Annual report of the Punjab Veterinary College and of the Civil Veterinary Department, Punjab - 1894-1908
Year: 1894
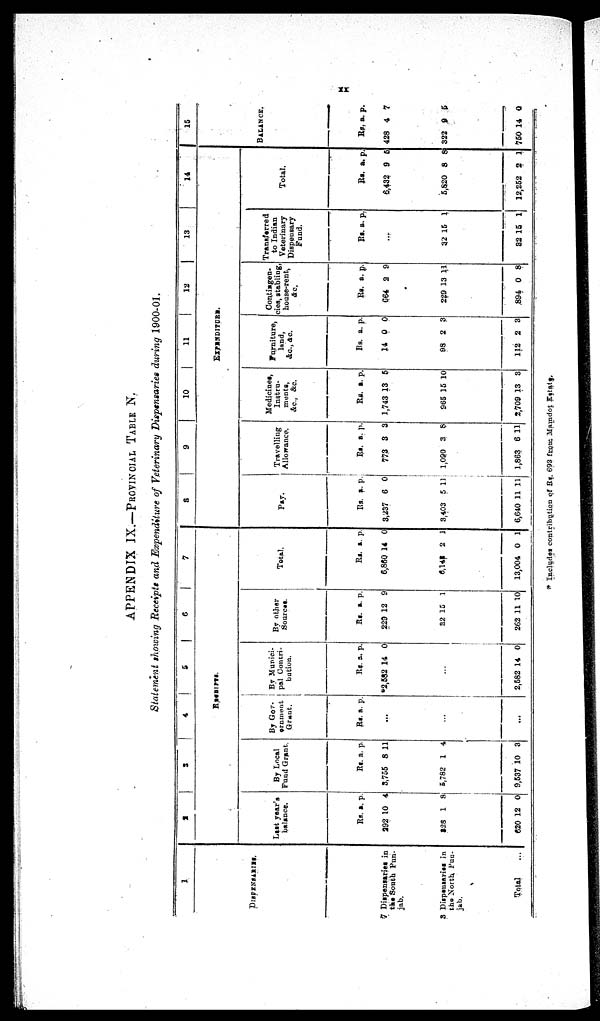
xx
APPENDIX IX.—PROVINCIAL TABLE N.
Statement showing Receipts and Expenditure of Veterinary Dispensaries during 1900-01.
1
DISPENSARIES.
7 Dispensaries in
the South Pun-
jab.
3 Dispensaries in
the North Pun-
jab.
Total ...
2
3
4
5
6
7
RECEIPTS.
Last year's
balance.
Rs.
292
828
620
a.
10
1
12
p.
4
8
0
By Local
Fund Grant.
Rs.
3,755
5,782
9,537
a.
8
1
10
p
11
4
3
By Gov-
ernment
Grant
Rs. a. p.
...
...
...
By Muici-
pal Contri-
bution.
Rs.
2,582
a.
14
p.
0
...
2,682 14 0
By other
Sources.
Rs.
229
32
262
a.
12
15
11
p.
9
1
10
Total.
Rs.
6,860
6,148
13,004
a.
14
2
0
p.
0
1
1
8
9
10
11
12
13
14
EXPENDITURE.
Pay.
Rs.
3,237
3,403
6,640
a.
6
5
11
p.
0
11
11
Travelling
Allowance.
Rs.
773
1,090
1,863
a.
3
3
6
p.
3
8
11
Medicines,
Instru-
mennts,
&c., &c.
Rs.
1,743
965
2,709
a.
13
15
13
p.
5
10
3
Furniture,
land,
&c., &c.
Rs.
14
98
112
a.
0
2
2
p.
0
3
3
Contingen-
cies, stabling,
house-rent,
&c.
Rs.
C64
289
894
a.
2
13
0
p.
9
11
8
Transferred
to Indian
Veterinary
Dispenensary
Fund.
Rs a. p.
...
32
82
15
15
1
1
Total.
Rs.
6,432
5,820
12,252
a.
9
8
2
p.
5
8
1
15
BALANCE.
Rs.
428
322
750
a.
4
9
14
p.
7
5
0
Includes contribution of Rs. 693 from Maindot Eastate.